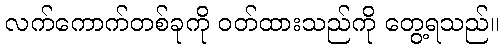
လက်ကောက်တစ်ခုကို ဝတ်ထားသည်ကို တွေ့ရသည်။